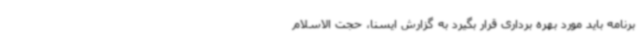
برنامه باید مورد بهره برداری قرار بگیرد به گزارش ایسنا، حجت الاسلام